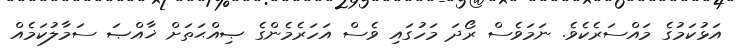
އަޅުކަމުގެ މައްސަރެކެވެ. ނަމަވެސް ރޯދަ މަހުގައި ވެސް އަހަރެމެންގެ ޞިއްޙަތަށް ޚާއްޞަ ސަމާލުކަމެއް